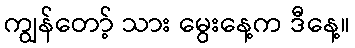
ကျွန်တော့် သား မွေးနေ့က ဒီနေ့။